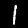
Digit: 1